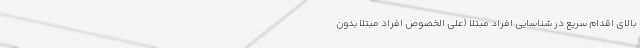
بالای اقدام سریع در شناسایی افراد مبتلا (علی الخصوص افراد مبتلا بدون